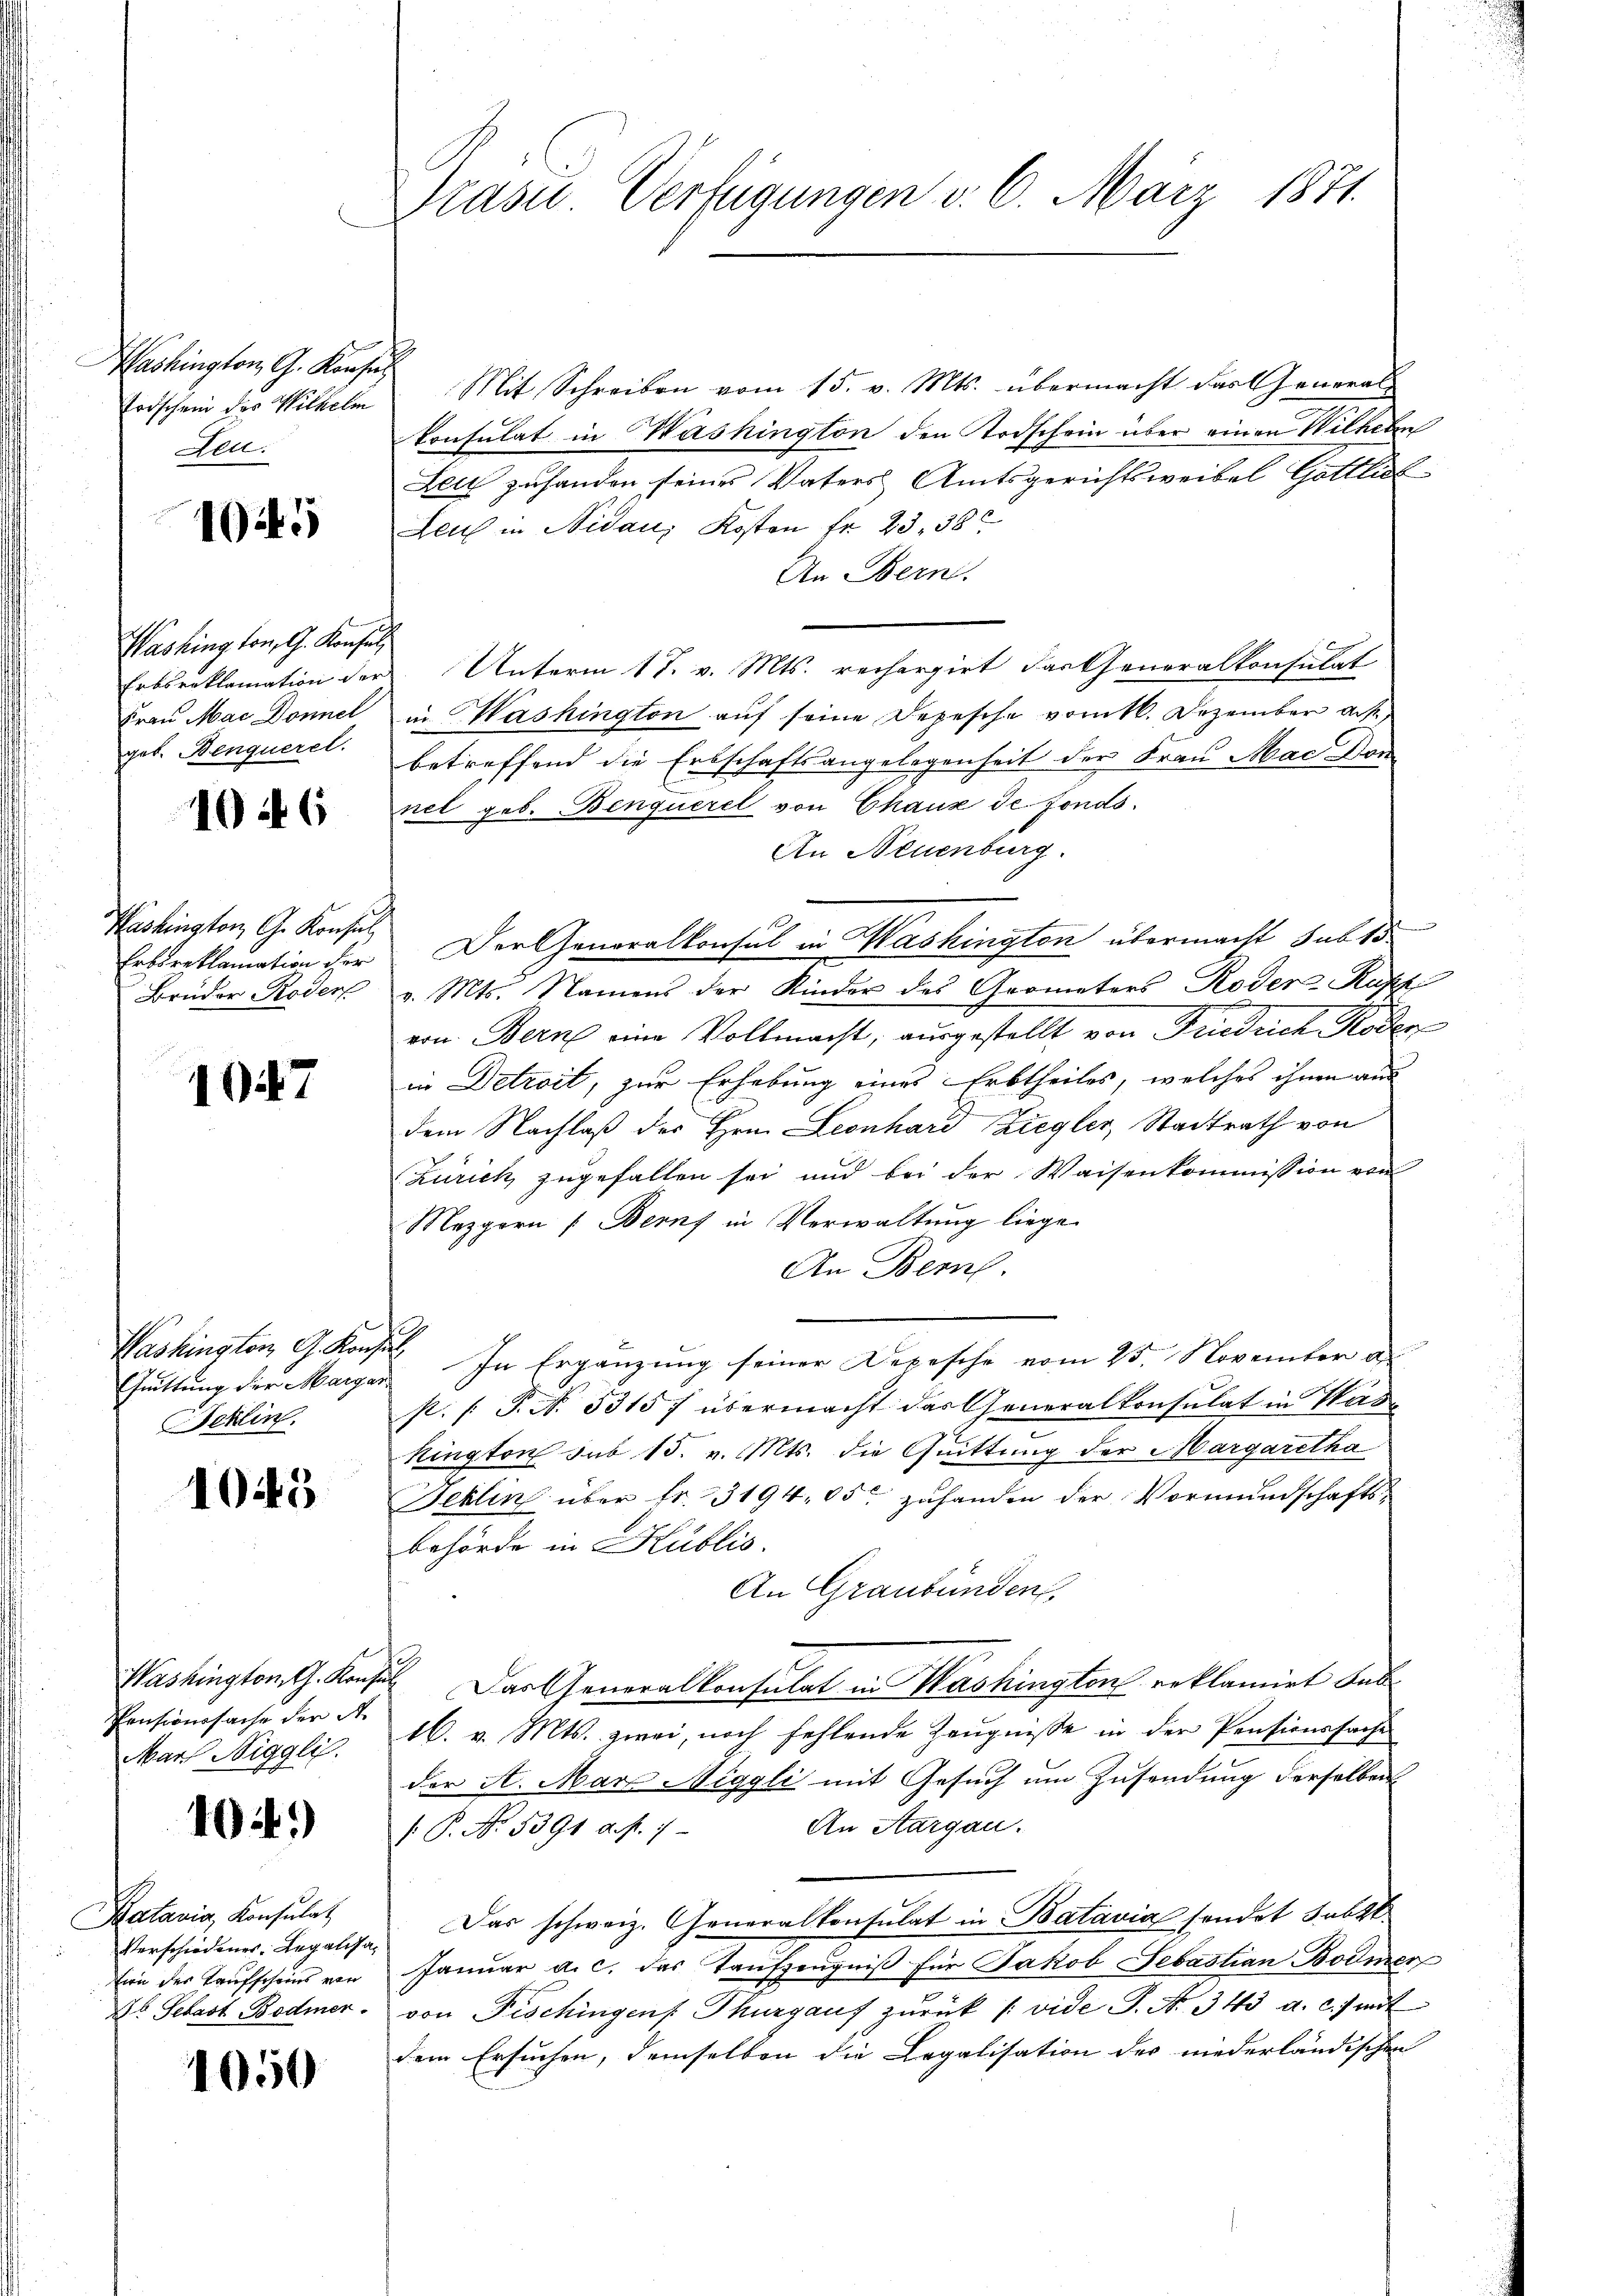
Washington G. Konsu
Todschein des Wilhelm
Aell.

14

Washing von G. Konsul
Erbsreklamation der
Frau Mac Donnel
geb. Benqueret.

10 f 6

Washington G. Konsul
Erbsreklamation der
Bruder Koder

1047

Washington G. Kons.
Guittung der Marga
Feklin

1045

Washington, Th. Konsen
Censionssache der A.
Mar Stiggli.

404.)

Katavia, Konsulat
Verschiedenes Regalisation der Taufscheins von
b Sebast Bodmer.

1050

Trasu. Verfügungen v. 6. März 1871.

Mit Schreiben vom 15. v. Mts. übermacht das Generalkonsulat in Washington den Todschein über einen Wilhelm
Leu zuhanden seines Vaters Amtsgerichtsweibel Gottlich-
Leu in Nidau, Kosten fr. 23. 38
An Bern.
Unterm 17. v. Mts. rechargirt Fartheneralkonsulat
in Washington auf seine Depesche vomtk. Dezember aus,
betreffend die Erbschaftsangelegenheit der Frau Mac Don
nel geb. Benquerel von Chaux de fonds.
An Neuenburg.
Der Generalkonsul in Washington übermacht sub 15
v. Mts. Namens der Kinder des Geometers Roder Kupp
eon Bern eine Vollmacht, ausgestellt von Friedrich Roden
in Detroit, zur Erhebung eines Erbtheiles, welches ihnen aus
dem Nachlaß des Hrn. Leonhard Ziegler, Stadtrath von
Zürich zugefallen sei und bei der Waisenkommission von
Mezgern (Berns in Verwaltung liege.
An Bern.
 In Ergänzung seiner Depesche vom 25. November a
s. (T. N. 5315 f übermacht das Generalkonsulat in Was
kington sub 15. v. Mts. die Quittung der Margaretha
Feklin über fr. 3194, 65 zuhanden der Vormundschafts-
behörde in Kublio.
An Graubünden,
 Das Generalkonsulat in Washington reklamirt dab
16. v. Mts. zwei, noch fehlende Zeugnisse in der Pensionssache
der A. Mar Niggli mit Gesuch um Zusendung derselben
An Aargau.
 P. No. 5391 a. p. 1
Das schweiz. Generalkonsulat in Batavia sendet subst
Janŭar a. c. das Taŭfzeŭgniβ für Jakob Sebastian Bodmer
von Fischingen Thurgauf zurück (vide S. Nr. 343 a. c. freit
dem Ersuchen, demselben die Legalisation des niederländischen